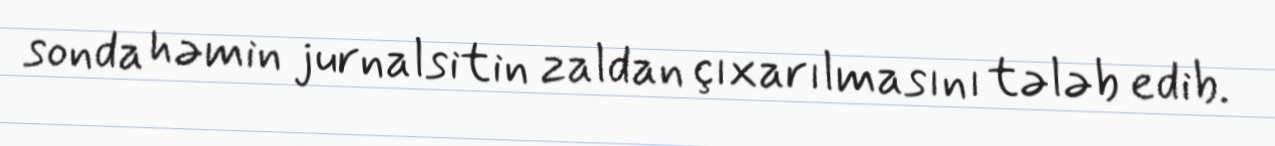
sonda həmin jurnalsitin zaldan çıxarılmasını tələb edib.